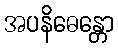
အပနိဓေန္တော